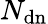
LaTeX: N_{\mathrm{{dn}}}